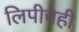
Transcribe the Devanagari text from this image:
लिपीचेही